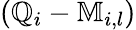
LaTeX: \left(\mathbb{Q}_{i}-\mathbb{M}_{i,l}\right)